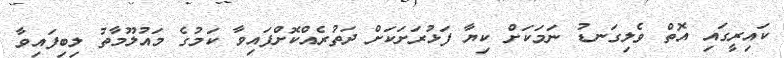
ކައިރީގައި އޮތް ވެލިގަނޑު ނަމަކަށް ކިޔާ ފަޅުރަށަކަށް ދަތުރެއްކޮށްފައިވާ ކަމުގެ މައުލޫމާތު ލިބިފައިވާ